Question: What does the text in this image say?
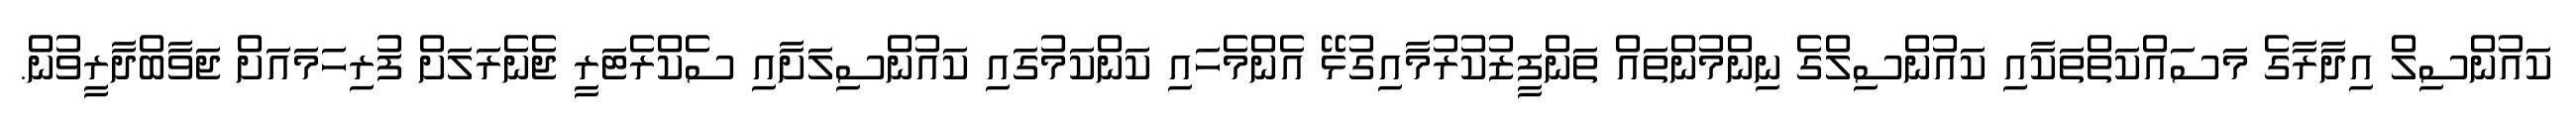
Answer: ކައުންސިލް އިދާރާގެ މަސައްކަތްތަކާއި ކައުންސިލްގެ ނިންމުންތައް ތަންފީޒުކުރުމާއިގުޅޭ އެންމެހައި ކަންކަމުގައި ކައުންސިލަށާއި ސެކްރެޓަރީ ޖެނެރަލަށް ފުރިހަމައަށް ޖަވާބްދާރީވުން.